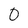
Character: 0